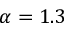
\alpha = 1 . 3